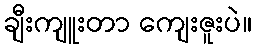
ချီးကျူးတာ ကျေးဇူးပဲ။